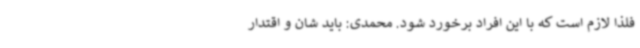
فلذا لازم است که با این افراد برخورد شود. محمدی: باید شان و اقتدار